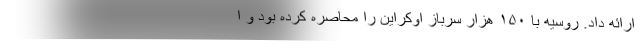
ارائه داد. روسیه با ۱۵۰ هزار سرباز اوکراین را محاصره کرده بود و ا